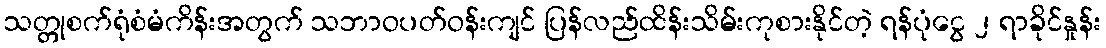
သတ္တုစက်ရုံစံမံကိန်းအတွက် သဘာဝပတ်ဝန်းကျင် ပြန်လည်ထိန်းသိမ်းကုစားနိုင်တဲ့ ရန်ပုံငွေ ၂ ရာခိုင်နှုန်း